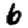
Digit: 6